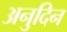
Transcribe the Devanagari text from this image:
अनुदिन